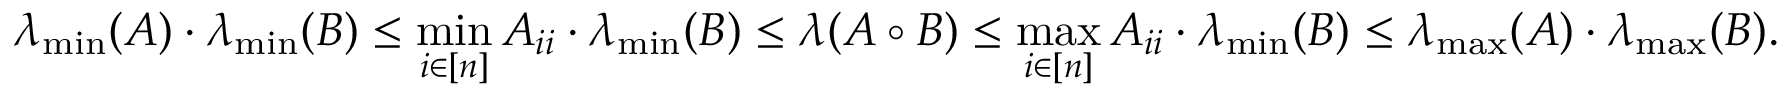
\lambda _ { \operatorname* { m i n } } ( A ) \cdot \lambda _ { \operatorname* { m i n } } ( B ) \leq \operatorname* { m i n } _ { i \in [ n ] } A _ { i i } \cdot \lambda _ { \operatorname* { m i n } } ( B ) \leq \lambda ( A \circ B ) \leq \operatorname* { m a x } _ { i \in [ n ] } A _ { i i } \cdot \lambda _ { \operatorname* { m i n } } ( B ) \leq \lambda _ { \operatorname* { m a x } } ( A ) \cdot \lambda _ { \operatorname* { m a x } } ( B ) .